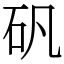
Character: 矾